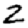
Digit: 2